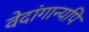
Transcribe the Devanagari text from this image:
वेदांगान्यपि